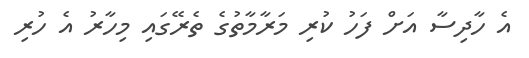
އެ ހާދިސާ އަށް ފަހު ކުރި މަރާމާތުގެ ތެރޭގައި މިހާރު އެ ހުރި